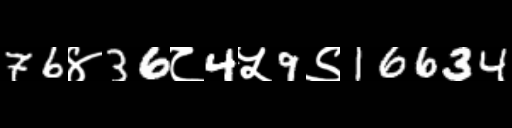
Text: 76४36८4५9९16634